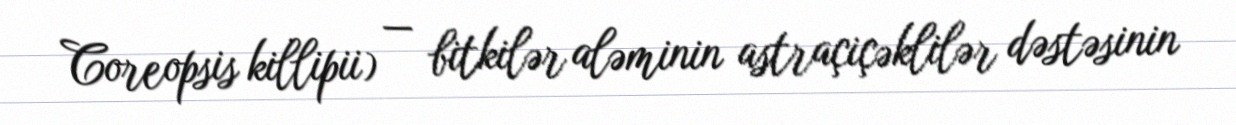
Coreopsis killipii) — bitkilər aləminin astraçiçəklilər dəstəsinin